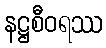
နဋ္ဌစီဝရဿ